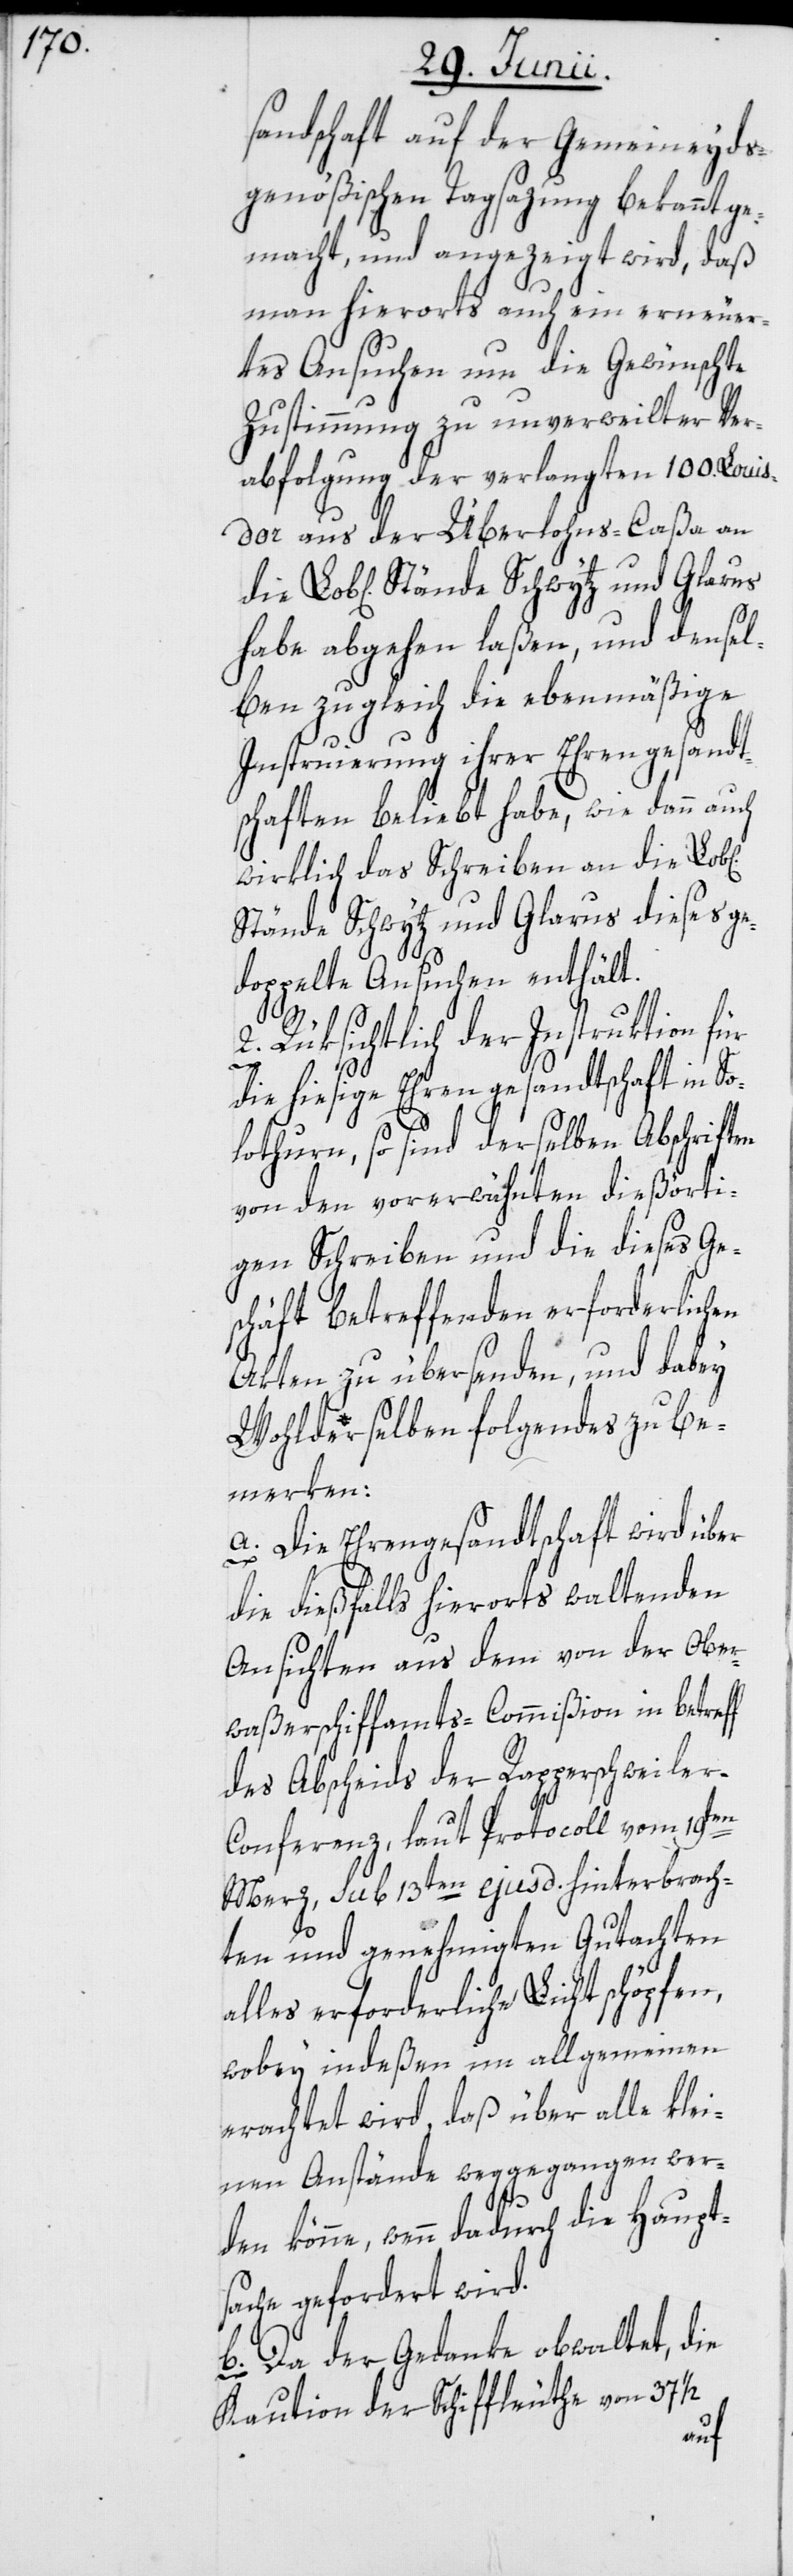
d[t]schaft auf der Gemeineyds¬
genößischen Tagsazung bekannt ge¬
macht, und angezeigt wird, daß
man hierorts auch ein erneuer¬
tes Ansuchen um die Gewünschte
Zustimmung zu unverweilter Ver¬
abfolgung der verlangten 100. Louis
d’or aus der Überlohns-Caßa an
abgehen laßen, und densel¬
ben zugleich die ebenmäßige
Instruierung ihrer Ehrengesandt¬
schaften beliebt habe, wie dann auch
wirklich das Schreiben an die Lob[l¬
Stände Schwytz und Glarus dieses ge¬
doppelte Ansuchen enthält.
2. Rüksichtlich der Instruktion für
könn¬
die hiesige Ehrengesandtschaft in So¬
lothurn, so sind derselben Abschriften
von den vorerwähnten dießörti¬
gen Schreiben und die dieses Ge¬
schäft betreffenden erforderlichen
Akten zu übersenden, und dabey
Wohlderselben folgendes zu be¬
merken:
a. Die Ehrengesandtschaft wird über
die dießfalls hierorts waltenden
Ansichten aus dem von der Ober¬
waßerschiffamts-Commißion in betreff
des Abscheids der Rapperschweile¬
r-Conferenz, laut Protocoll vom 19ten
Merz, sub 13ten ejusd. hinterbrach¬
ten und genehmigten Gutachten
alles erforderliche Licht schöpfen,
wobey indeßen im allgemeinen
erachtet wird, daß über alle klei¬
nen Anstände weggegangen wer¬
e, wenn dadurch die Haupt¬
sache gefordert wird.
b. Da der Gedanke obwaltet, die
Kaution der Schiffleuthe von 37